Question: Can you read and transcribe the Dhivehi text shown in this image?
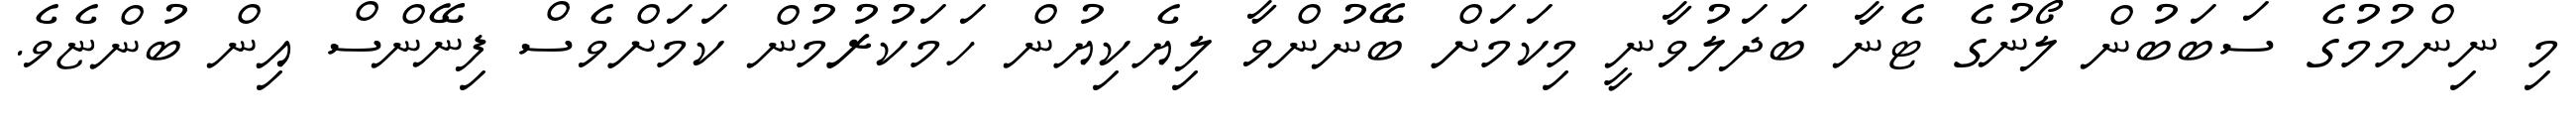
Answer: މި ނިންމުމުގެ ސަބަބުން ލޯނުގެ ޓެނާ ބަދަލުވާނީ މިކަމަށް ބޭނުންވާ ލިޔެކިޔުން ހަމަކުރުމުން ކަމަށްވެސް ފިނޭންސް އިން ބުންޏެވެ.